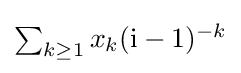
\textstyle \sum _{k\geq 1}x_{k}(\mathrm {i} -1)^{-k}